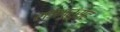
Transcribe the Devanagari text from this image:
राजगुरूंसह